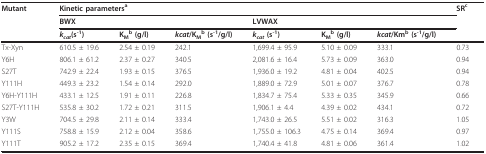
<table><thead><tr><td><b>Mutant</b></td><td colspan="6"><b>Kinetic parameters<sup>a</sup></b></td><td><b>SR<sup>c</sup></b></td></tr><tr><td></td><td colspan="3"><b>BWX</b></td><td colspan="3"><b>LVWAX</b></td><td></td></tr><tr><td></td><td><b><i>k</i><sub><i>cat</i></sub>(s<sup>-1</sup>)</b></td><td><b>K<sub>M</sub><sup>b </sup>(g/l)</b></td><td><b><i>kcat</i>/K<sub>M</sub><sup>b </sup>(s<sup>-1</sup>/g/l)</b></td><td><b><i>k</i><sub><i>cat </i></sub>(s<sup>-1</sup>)</b></td><td><b>K<sub>M</sub><sup>b </sup>(g/l)</b></td><td><b><i>kcat</i>/Km<sup>b </sup>(s<sup>-1</sup>/g/l)</b></td><td></td></tr></thead><tbody><tr><td>Tx-Xyn</td><td>610.5 ± 19.6</td><td>2.54 ± 0.19</td><td>242.1</td><td>1,699.4 ± 95.9</td><td>5.10 ± 0.09</td><td>333.1</td><td>0.73</td></tr><tr><td>Y6H</td><td>806.1 ± 61.2</td><td>2.37 ± 0.27</td><td>340.5</td><td>2,081.6 ± 16.4</td><td>5.73 ± 0.09</td><td>363.0</td><td>0.94</td></tr><tr><td>S27T</td><td>742.9 ± 22.4</td><td>1.93 ± 0.15</td><td>376.5</td><td>1,936.0 ± 19.2</td><td>4.81 ± 0.04</td><td>402.5</td><td>0.94</td></tr><tr><td>Y111H</td><td>449.3 ± 23.2</td><td>1.54 ± 0.14</td><td>292.0</td><td>1,889.0 ± 72.9</td><td>5.01 ± 0.07</td><td>376.7</td><td>0.78</td></tr><tr><td>Y6H-Y111H</td><td>433.1 ± 12.5</td><td>1.91 ± 0.11</td><td>226.8</td><td>1,834.7 ± 75.4</td><td>5.33 ± 0.35</td><td>345.9</td><td>0.66</td></tr><tr><td>S27T-Y111H</td><td>535.8 ± 30.2</td><td>1.72 ± 0.21</td><td>311.5</td><td>1,906.1 ± 4.4</td><td>4.39 ± 0.02</td><td>434.1</td><td>0.72</td></tr><tr><td>Y3W</td><td>704.5 ± 29.8</td><td>2.11 ± 0.14</td><td>333.4</td><td>1,743.0 ± 26.5</td><td>5.51 ± 0.02</td><td>316.3</td><td>1.05</td></tr><tr><td>Y111S</td><td>758.8 ± 15.9</td><td>2.12 ± 0.04</td><td>358.6</td><td>1,755.0 ± 106.3</td><td>4.75 ± 0.14</td><td>369.4</td><td>0.97</td></tr><tr><td>Y111T</td><td>905.2 ± 17.2</td><td>2.35 ± 0.15</td><td>369.4</td><td>1,740.4 ± 41.8</td><td>4.81 ± 0.06</td><td>361.4</td><td>1.02</td></tr></tbody></table>